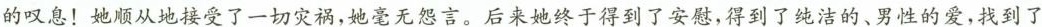
的叹息！她顺从地接受了一切灾祸，她毫无怨言。后来她终于得到了安慰，得到了纯洁的、男性的爱，找到了